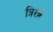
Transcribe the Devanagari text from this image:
त्रिरत्ने